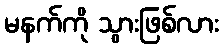
မနက်ကို သွားဖြစ်လား